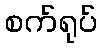
စက်ရုပ်